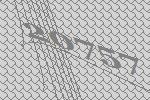
20757